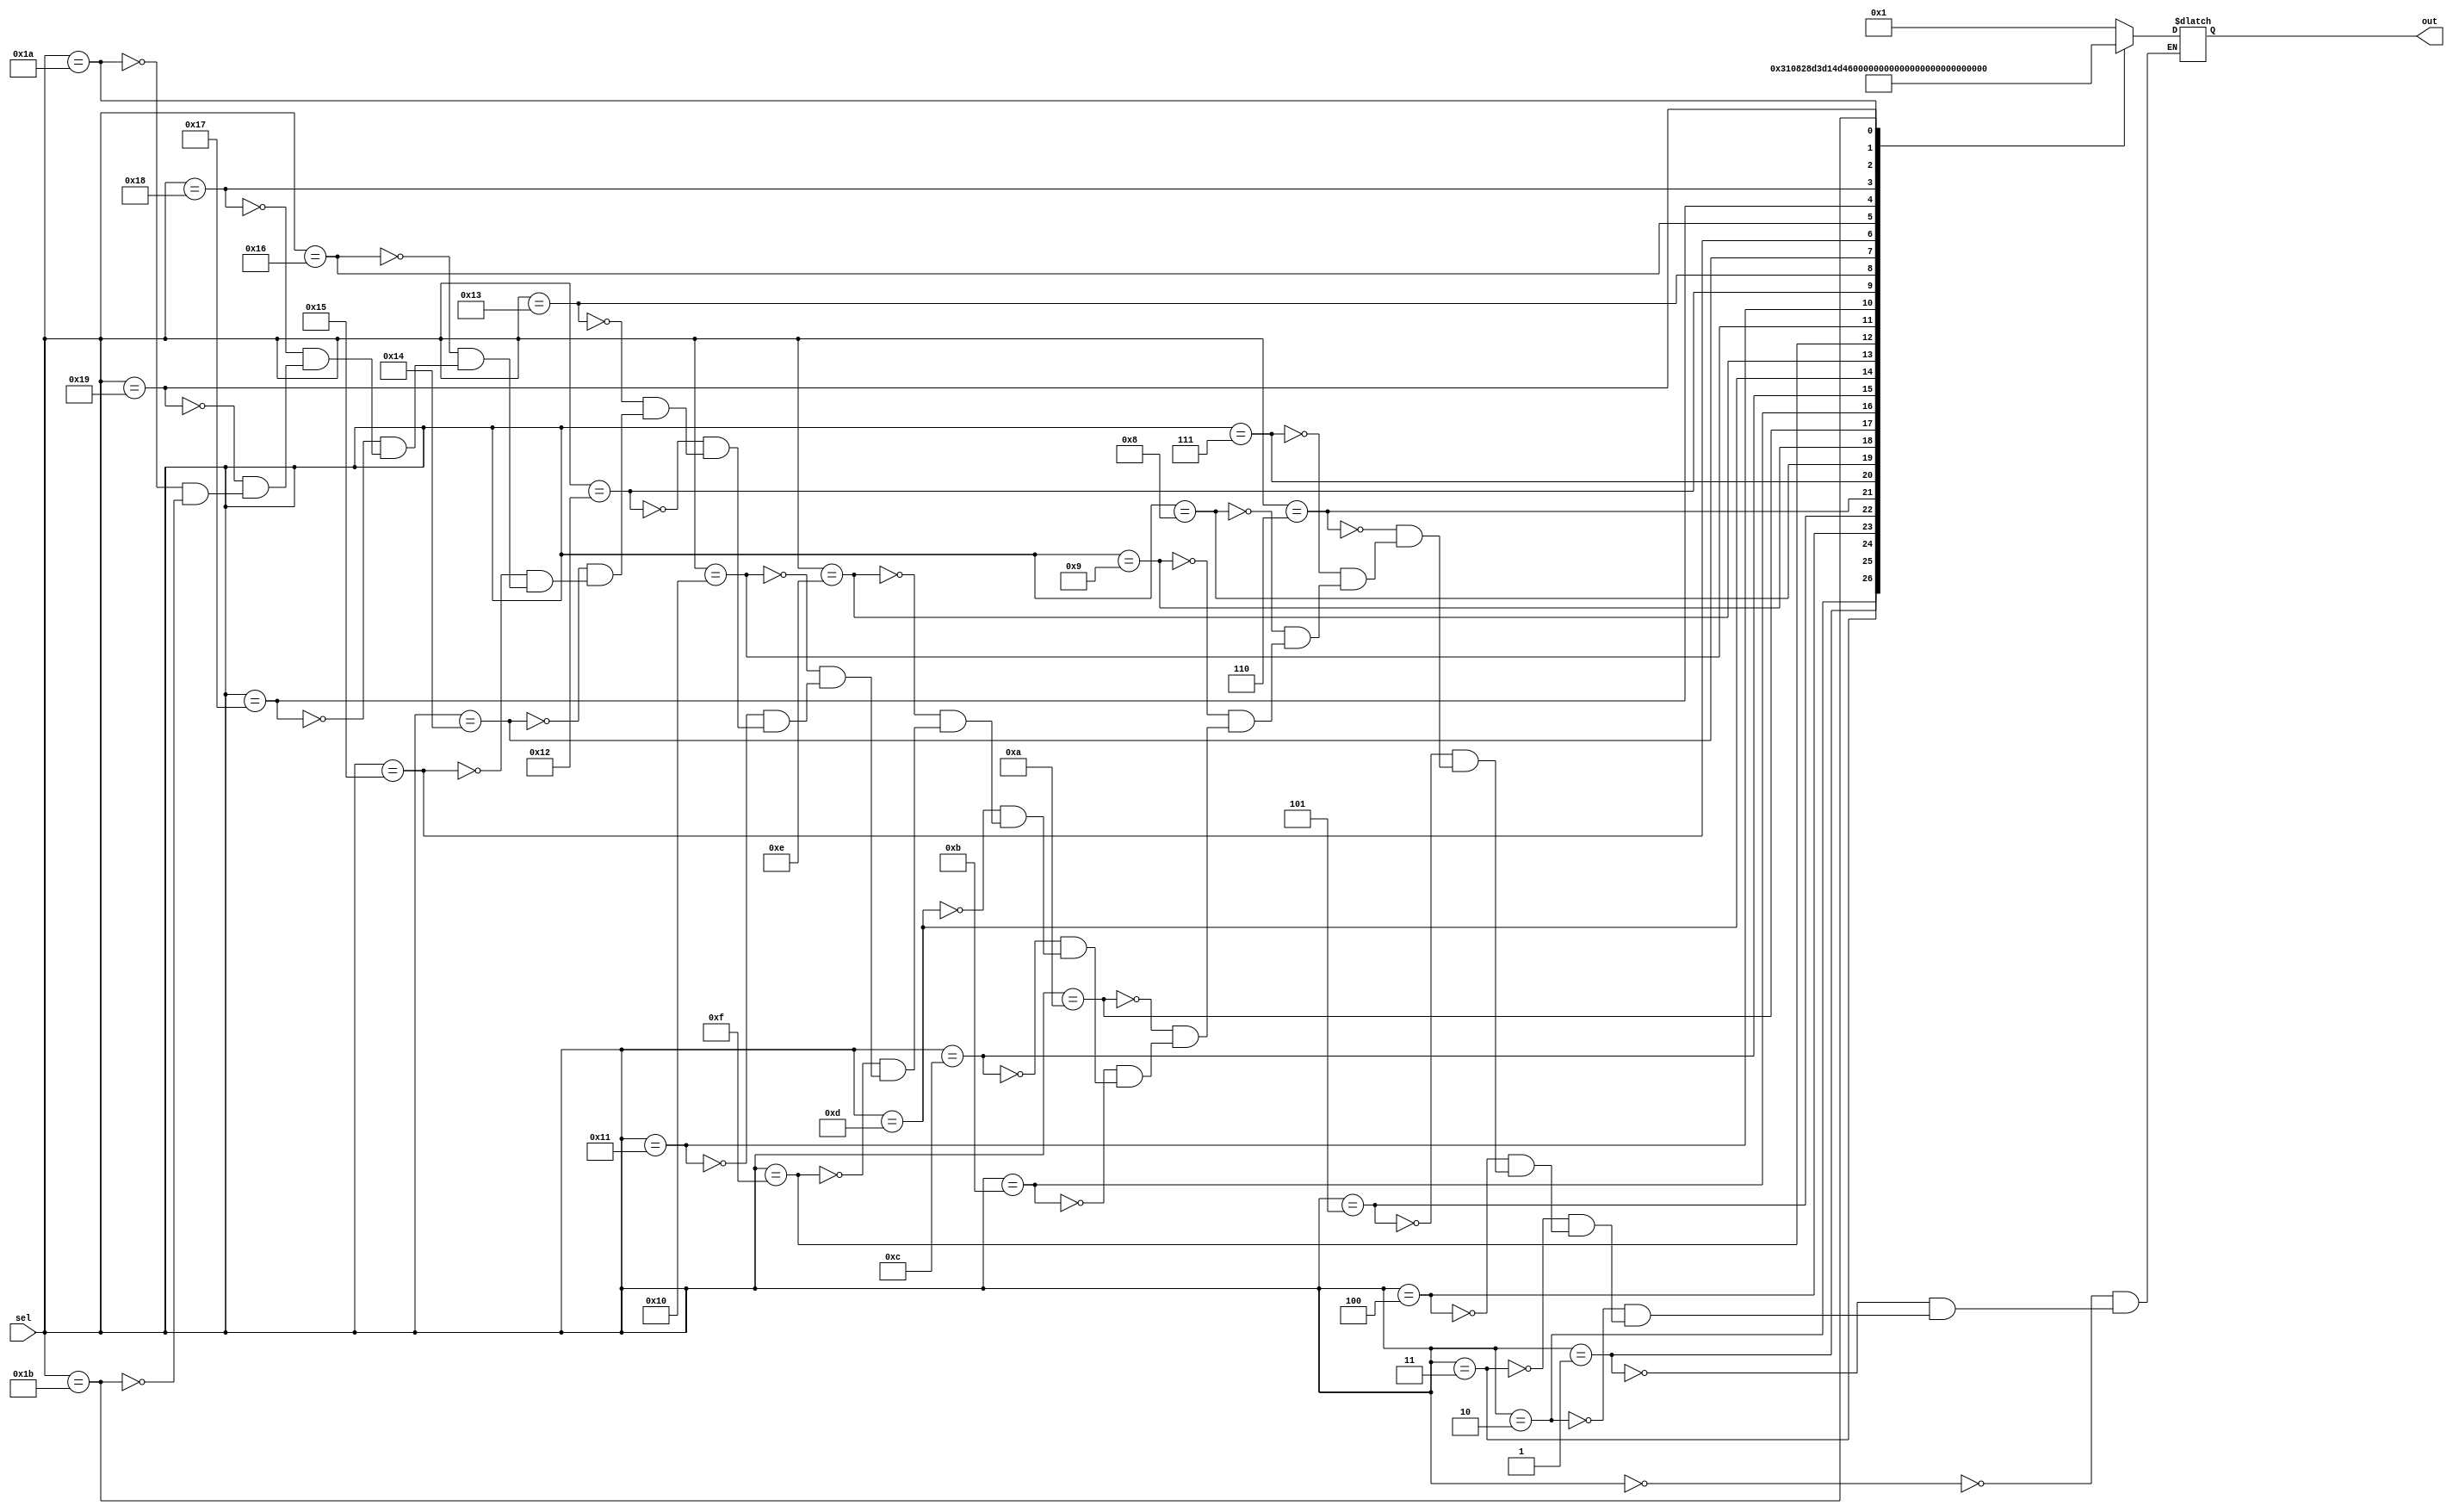
module rom1
    #(parameter SIZE=6)
    (
    input [4:0] sel,
    output reg [SIZE-1:0] out
    );
    
    always @(sel) begin
    case (sel)
        0: out = 1;
        1: out = 3;
        2: out = 4;
        3: out = 8;
        4: out = 10;
        5: out = 13;
        6: out = 15;
        7: out = 1 + 6'b010000;
        8: out = 3 + 6'b010000;
        9: out = 4 + 6'b010000;
        10: out = 8 + 6'b010000;
        11: out = 10 + 6'b010000;
        12: out = 13 + 6'b010000;
        13: out = 15 + 6'b010000;
        14: out = 1 + 6'b100000;
        15: out = 3 + 6'b100000;
        16: out = 4 + 6'b100000;
        17: out = 8 + 6'b100000;
        18: out = 10 + 6'b100000;
        19: out = 13 + 6'b100000;
        20: out = 15 + 6'b100000;
        21: out = 1 + 6'b110000;
        22: out = 3 + 6'b110000;
        23: out = 4 + 6'b110000;
        24: out = 8 + 6'b110000;
        25: out = 10 + 6'b110000;
        26: out = 13 + 6'b110000;
        27: out = 15 + 6'b110000;
    endcase
    end
endmodule